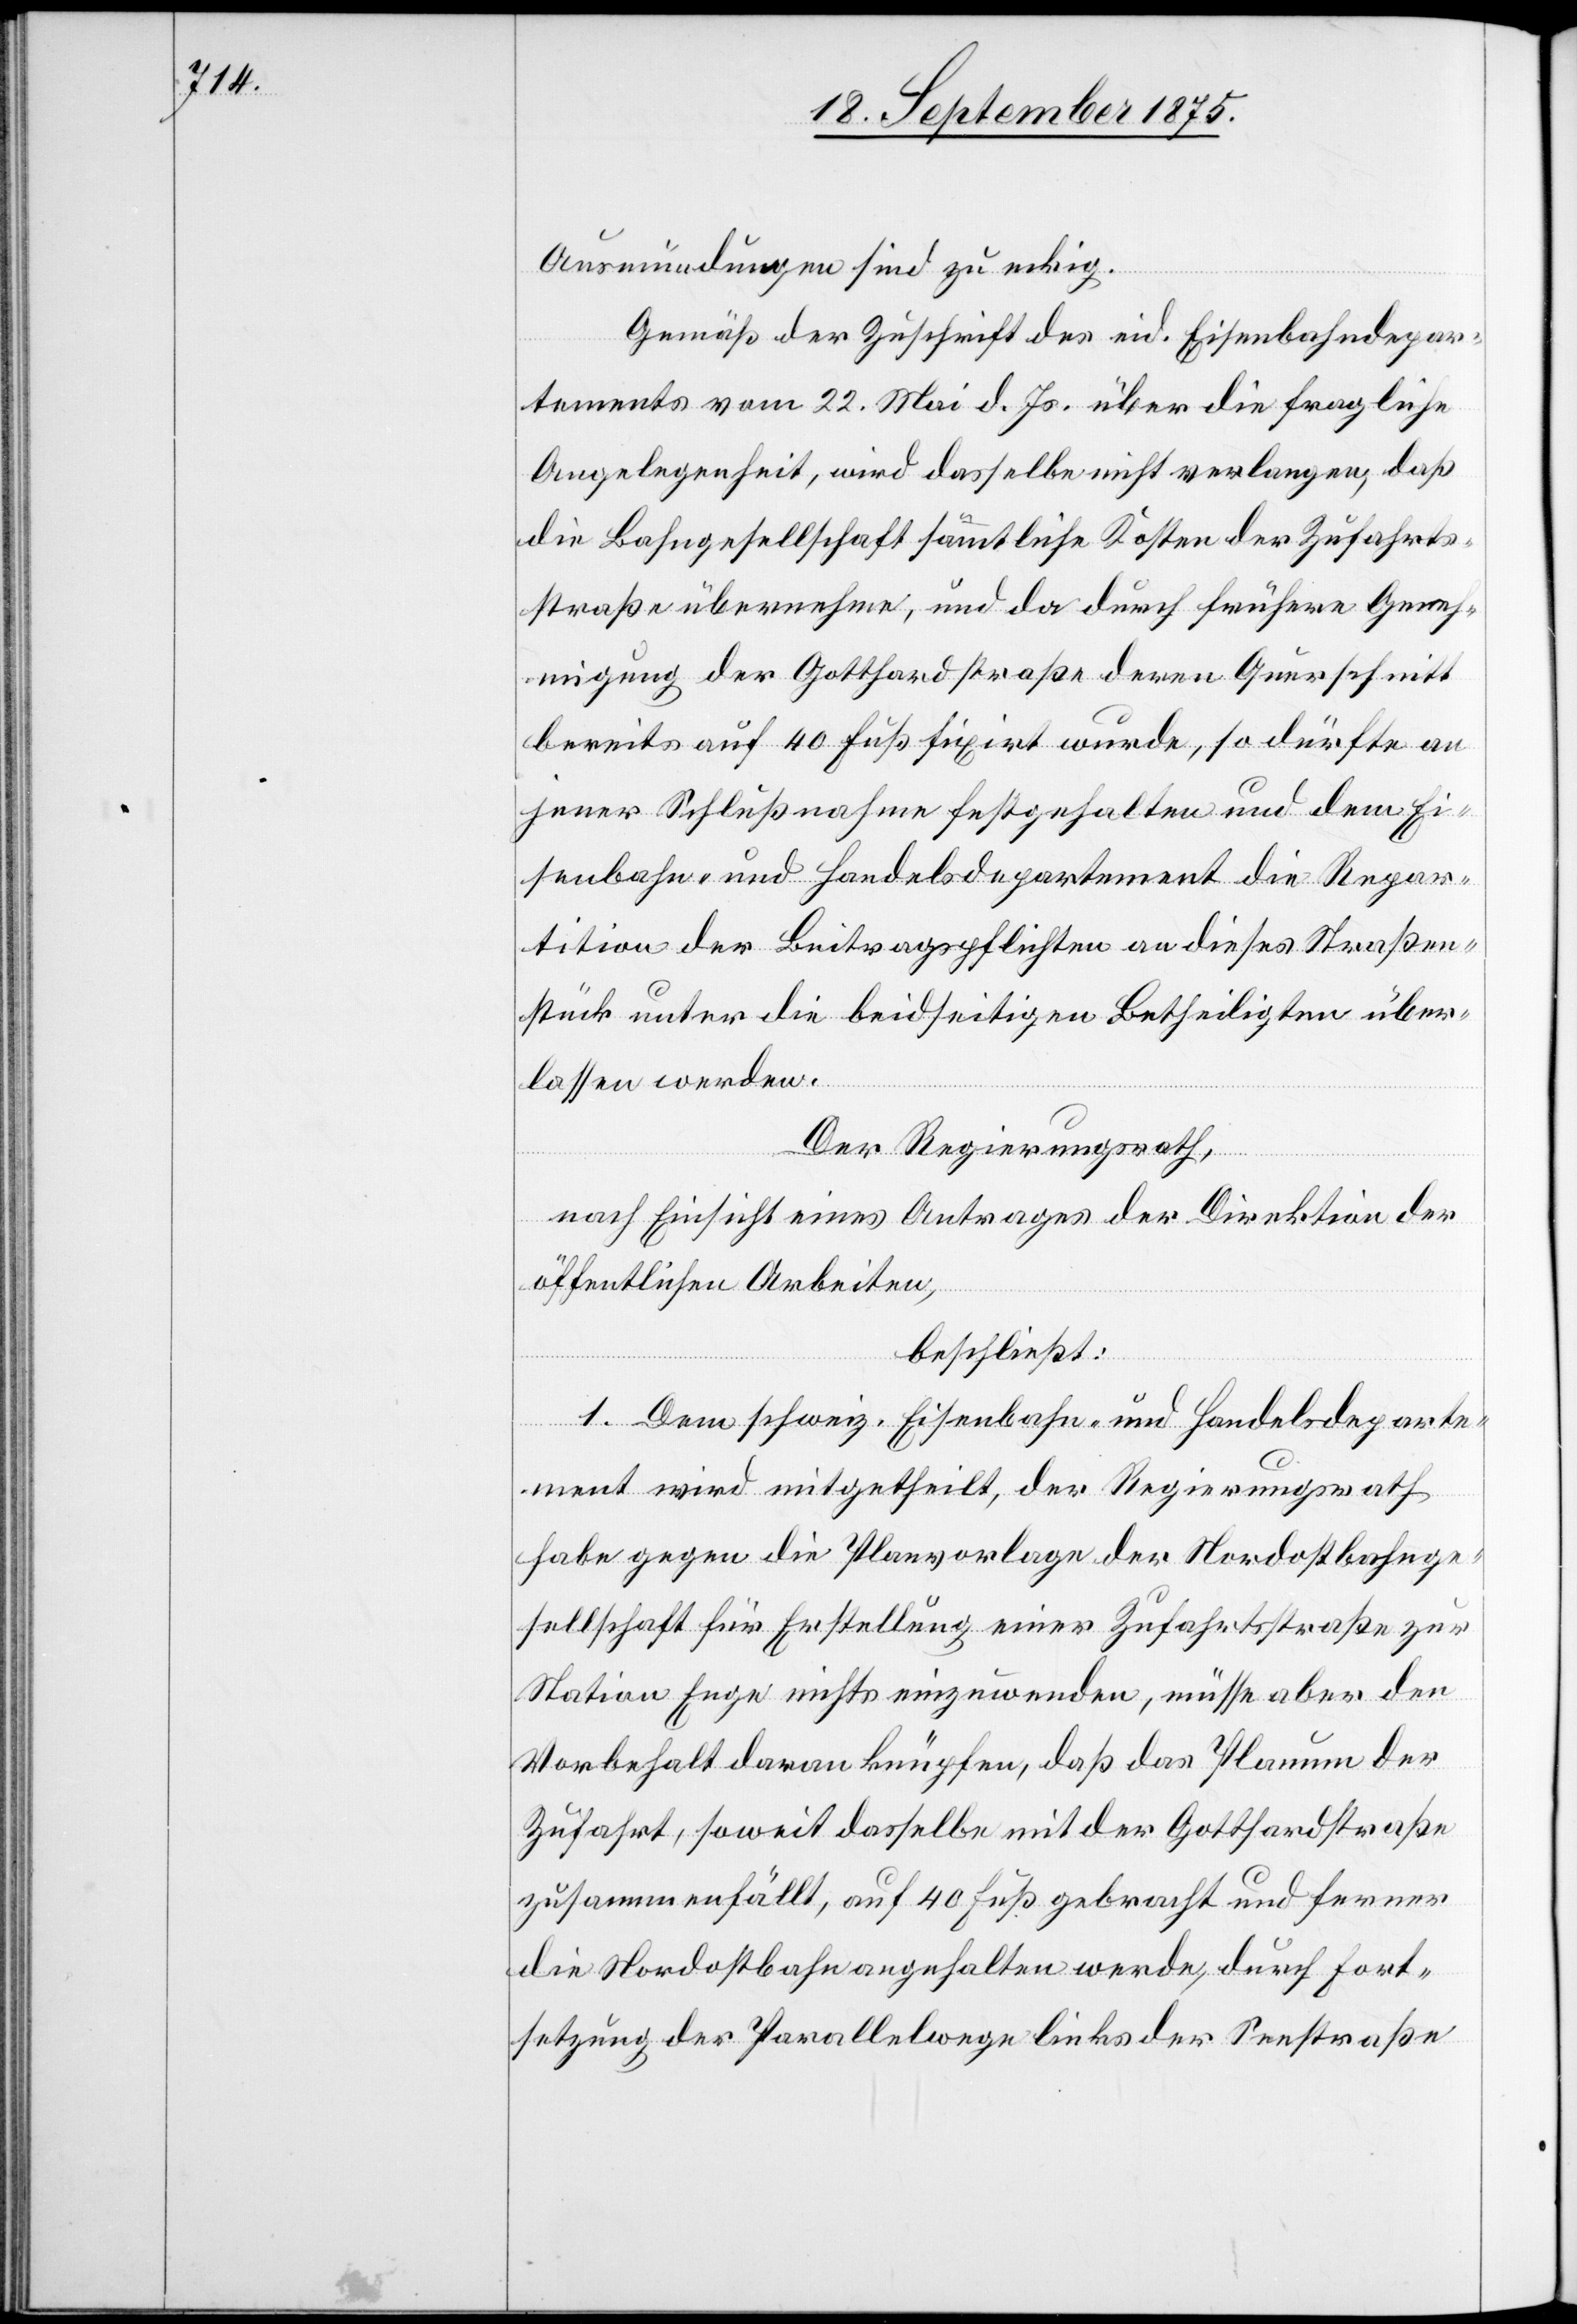
Ausmündungen sind zu eckig.
Gemäß der Zuschrift des eid. Eisenbahndepar¬
tements vom 22. Mai d. Js. über die fragliche
Angelegenheit, wird dasselbe nicht verlangen, daß
die Bahngesellschaft sämmtliche Kosten der Zufahrts¬
straße übernehme, und da durch frühere Geneh¬
migung der Gotthardstraße deren Querschnitt
bereits auf 40 Fuß fixirt wurde, so dürfte an
jener Schlußnahme festgehalten und dem Ei¬
senbahn- und Handelsdepartement die Repar¬
tition der Beitragspflichten an dieses Straßen¬
stück unter die beidseitigen Betheiligten über¬
lassen werden.
Der Regierungsrath,
nach Einsicht eines Antrages der Direktion der
öffentlichen Arbeiten,
beschließt:
1. Dem schweiz. Eisenbahn- und Handelsdeparte¬
ment wird mitgetheilt, der Regierungsrath
habe gegen die Planvorlage der Nordostbahnge¬
sellschaft für Erstellung einer Zufahrtsstraße zur
Station Enge nichts einzuwenden, müsse aber den
Vorbehalt daran knüpfen, daß das Planum der
Zufahrt, soweit dasselbe mit der Gotthardstraße
zusammenfällt, auf 40 Fuß gebracht und ferner
die Nordostbahn angehalten werde, durch Fort¬
setzung der Parallelwege links der Seestraße